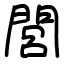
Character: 閭